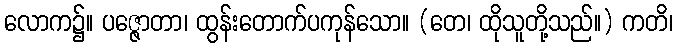
လောက၌။ ပဇ္ဇောတာ၊ ထွန်းတောက်ပကုန်သော။ (တေ၊ ထိုသူတို့သည်။) ကတိ၊